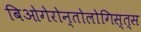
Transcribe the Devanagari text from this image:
बिओगेरोन्तोलोगिस्त्स